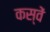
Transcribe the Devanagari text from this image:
कस्वें